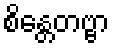
စိန္တေတဗ္ဗာ